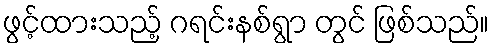
ဖွင့်ထားသည့် ဂရင်းနစ်ရွာ တွင် ဖြစ်သည်။